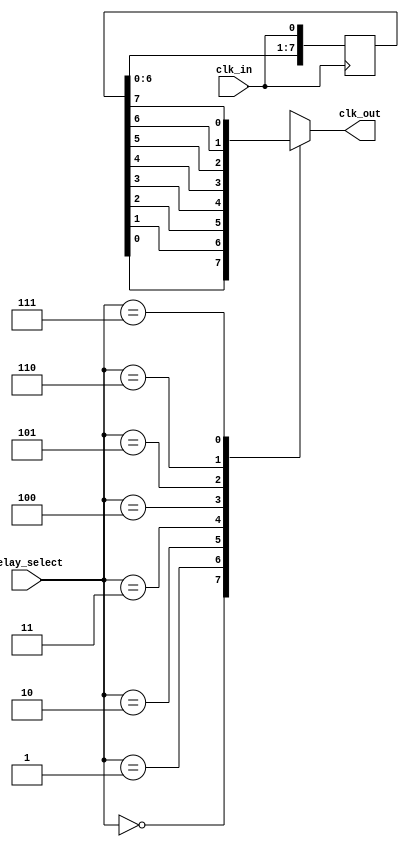
module delay_clock_buffer (
    input wire clk_in,            // Input clock signal
    input wire [2:0] delay_select, // Control signal for delay selection (3 bits for 8 delay levels)
    output reg clk_out            // Output delayed clock signal
);

// Parameters for delay stages (adjust these as needed)
parameter DELAY_0 = 0; // No delay
parameter DELAY_1 = 1; // 1 clock cycle delay
parameter DELAY_2 = 2; // 2 clock cycles delay
parameter DELAY_3 = 3; // 3 clock cycles delay
parameter DELAY_4 = 4; // 4 clock cycles delay
parameter DELAY_5 = 5; // 5 clock cycles delay
parameter DELAY_6 = 6; // 6 clock cycles delay
parameter DELAY_7 = 7; // 7 clock cycles delay

// Internal registers to hold delayed clock signals
reg [7:0] delay_line; // 8 stages of delay

// Clock generation for delay stages
always @(posedge clk_in) begin
    // Shift the clock signal through the delay line
    delay_line <= {delay_line[6:0], clk_in};
end

// Output clock selection based on delay_select
always @(*) begin
    case (delay_select)
        3'b000: clk_out = delay_line[0]; // No delay
        3'b001: clk_out = delay_line[1]; // 1 clock cycle delay
        3'b010: clk_out = delay_line[2]; // 2 clock cycles delay
        3'b011: clk_out = delay_line[3]; // 3 clock cycles delay
        3'b100: clk_out = delay_line[4]; // 4 clock cycles delay
        3'b101: clk_out = delay_line[5]; // 5 clock cycles delay
        3'b110: clk_out = delay_line[6]; // 6 clock cycles delay
        3'b111: clk_out = delay_line[7]; // 7 clock cycles delay
        default: clk_out = clk_in;        // Default to input clock
    endcase
end

endmodule